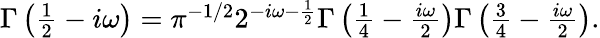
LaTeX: \begin{array}{r}{\Gamma\left(\frac{1}{2}-i\omega\right)=\pi^{-1/2}2^{-i\omega-\frac{1}{2}}\Gamma\left(\frac{1}{4}-\frac{i\omega}{2}\right)\Gamma\left(\frac{3}{4}-\frac{i\omega}{2}\right).}\end{array}